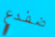
ضفدع